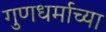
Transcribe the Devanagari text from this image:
गुणधर्माच्या